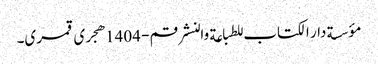
مؤسسة دار الکتاب للطباعة والنشر قم - 1404هجری قمری۔